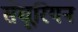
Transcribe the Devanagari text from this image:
सेंचूरियन